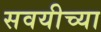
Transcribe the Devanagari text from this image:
सवयीच्या